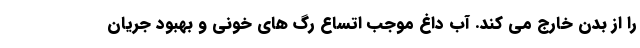
را از بدن خارج می کند. آب داغ موجب اتساع رگ های خونی و بهبود جریان